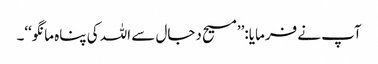
آپ نے فرمایا:’’مسیح دجال سے اللہ کی پناہ مانگو‘‘۔